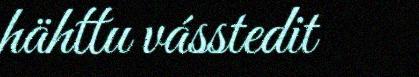
hähttu vásstedit